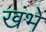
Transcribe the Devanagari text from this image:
खंभें